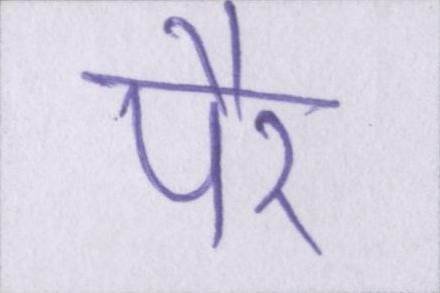
पैर